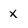
Character: x